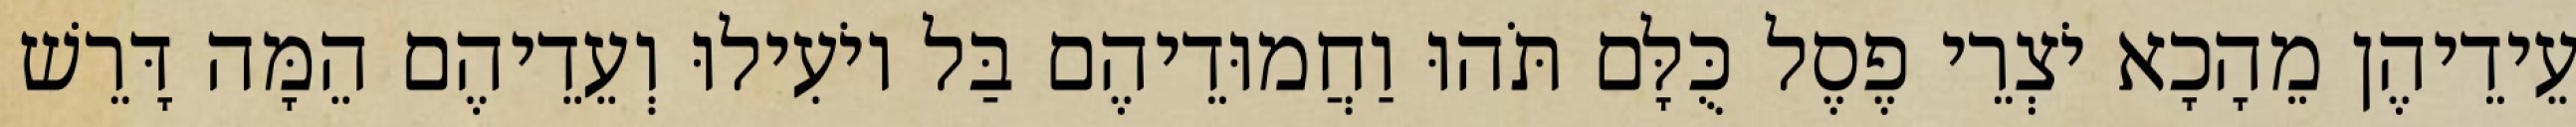
עֵידֵיהֶן מֵהָכָא יֹצְרֵי פֶסֶל כֻּלָּם תֹּהוּ וַחֲמוּדֵיהֶם בַּל יוֹעִילוּ וְעֵדֵיהֶם הֵמָּה דָּרֵשׁ